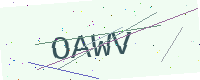
Text: OAWV